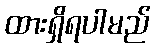
ထားရှိရပါမည်